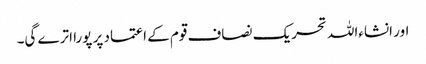
اور انشاءاللہ تحریک نصاف قوم کے اعتماد پر پورا اترے گی۔